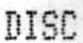
DISC